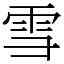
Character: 雪